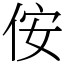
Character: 侒